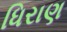
ધિરાણ